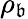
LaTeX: \rho_{\mathfrak{b}}